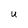
Character: U